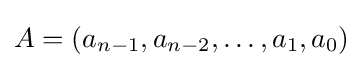
A=(a_{n-1},a_{n-2},\dots ,a_{1},a_{0})